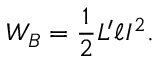
W _ { B } = \frac { 1 } { 2 } L ^ { \prime } \ell I ^ { 2 } .